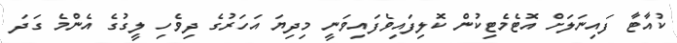
ކުއާޓާ ފައިނަލަށް އޮޓެމެޓިކުން ކޮލިފައިވެފައިވަނީ މިދިޔަ އަހަރުގެ ދިވެހި ލީގުގެ އެންމެ ގަދަ